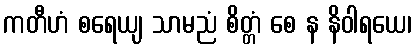
ကတီဟံ စရေယျ သာမညံ စိတ္တံ စေ န နိဝါရယေ၊